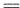
=